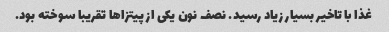
غذا با تاخیر بسیار زیاد رسید. نصف نون یکی از پیتزاها تقریبا سوخته بود.